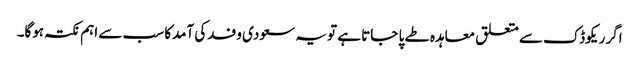
اگر ریکوڈک سے متعلق معاہدہ طے پا جاتا ہے تو یہ سعودی وفدکی آمدکا سب سے اہم نکتہ ہوگا۔